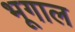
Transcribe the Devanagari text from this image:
भूगाल